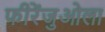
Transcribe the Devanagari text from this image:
फीरेंजुओला